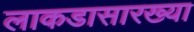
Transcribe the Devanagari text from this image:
लाकडासारख्या